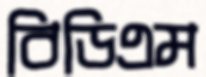
বিডিএম